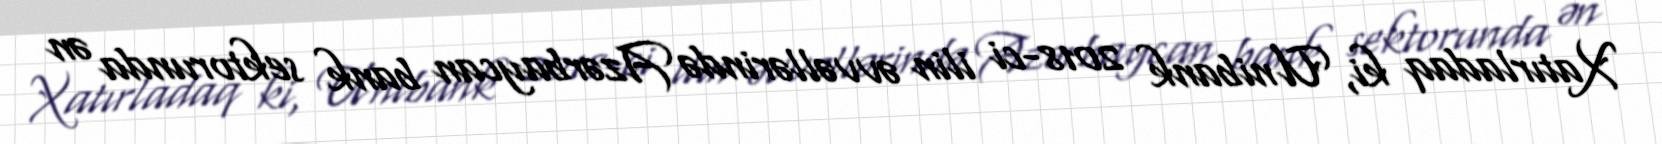
Xatırladaq ki, Unibank 2018-ci ilin əvvəllərində Azərbaycan bank sektorunda ən